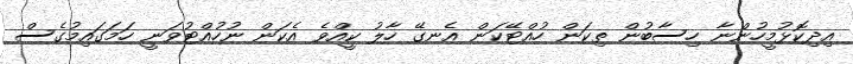
އިދިކޮޅުމީހުންނާ ހިސާބުން ތިކަން ހުއްޓޭކަން އެނގޭ ހާލު ކީއްވެ އެކަން ނުހުއްޓުވަނީ ހަމަގައިމުގެސް